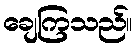
ချေကြသည်။